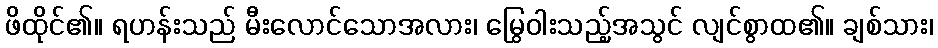
ဖိထိုင်၏။ ရဟန်းသည် မီးလောင်သောအလား၊ မြွေဝါးသည့်အသွင် လျင်စွာထ၏။ ချစ်သား၊